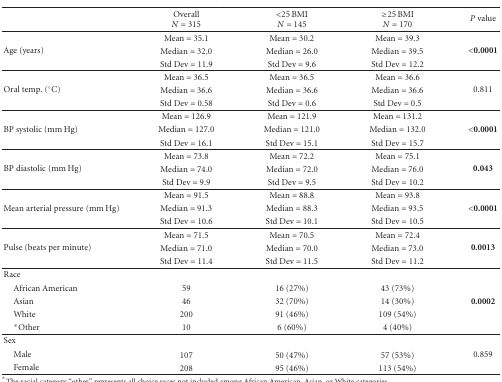
<table><thead><tr><td></td><td><b>Overall<i>N</i> = 315</b></td><td><b>&lt;25 BMI<i>N</i> = 145</b></td><td><b>≥25 BMI<i>N</i> = 170</b></td><td><b><i>P</i> value</b></td></tr></thead><tbody><tr><td> </td><td>Mean = 35.1</td><td>Mean = 30.2</td><td>Mean = 39.3</td><td> </td></tr><tr><td>Age (years)</td><td>Median = 32.0</td><td>Median = 26.0</td><td>Median = 39.5</td><td><b>&lt;0.0001</b></td></tr><tr><td> </td><td>Std Dev = 11.9</td><td>Std Dev = 9.6</td><td>Std Dev = 12.2</td><td> </td></tr><tr><td> </td><td>Mean = 36.5</td><td>Mean = 36.5</td><td>Mean = 36.6</td><td> </td></tr><tr><td>Oral temp. (°C)</td><td>Median = 36.6</td><td>Median = 36.6</td><td>Median = 36.6</td><td>0.811</td></tr><tr><td> </td><td>Std Dev = 0.58</td><td>Std Dev = 0.6</td><td>Std Dev = 0.5</td><td> </td></tr><tr><td> </td><td>Mean = 126.9</td><td>Mean = 121.9</td><td>Mean = 131.2</td><td> </td></tr><tr><td>BP systolic (mm Hg)</td><td>Median = 127.0</td><td>Median = 121.0</td><td>Median = 132.0</td><td><b>&lt;0.0001</b></td></tr><tr><td> </td><td>Std Dev = 16.1</td><td>Std Dev = 15.1</td><td>Std Dev = 15.7</td><td> </td></tr><tr><td> </td><td>Mean = 73.8</td><td>Mean = 72.2</td><td>Mean = 75.1</td><td> </td></tr><tr><td>BP diastolic (mm Hg)</td><td>Median = 74.0</td><td>Median = 72.0</td><td>Median = 76.0</td><td><b>0.043</b></td></tr><tr><td> </td><td>Std Dev = 9.9</td><td>Std Dev = 9.5</td><td>Std Dev = 10.2</td><td> </td></tr><tr><td> </td><td>Mean = 91.5</td><td>Mean = 88.8</td><td>Mean = 93.8</td><td> </td></tr><tr><td>Mean arterial pressure (mm Hg)</td><td>Median = 91.3</td><td>Median = 88.3</td><td>Median = 93.5</td><td><b>&lt;0.0001</b></td></tr><tr><td> </td><td>Std Dev = 10.6</td><td>Std Dev = 10.1</td><td>Std Dev = 10.5</td><td> </td></tr><tr><td> </td><td>Mean = 71.5</td><td>Mean = 70.5</td><td>Mean = 72.4</td><td> </td></tr><tr><td>Pulse (beats per minute)</td><td>Median = 71.0</td><td>Median = 70.0</td><td>Median = 73.0</td><td><b>0.0013</b></td></tr><tr><td> </td><td>Std Dev = 11.4</td><td>Std Dev = 11.5</td><td>Std Dev = 11.2</td><td> </td></tr><tr><td>Race</td><td> </td><td> </td><td> </td><td> </td></tr><tr><td> African American</td><td>59</td><td>16 (27%)</td><td>43 (73%)</td><td> </td></tr><tr><td> Asian</td><td>46</td><td>32 (70%)</td><td>14 (30%)</td><td><b>0.0002</b></td></tr><tr><td> White</td><td>200</td><td>91 (46%)</td><td>109 (54%)</td><td> </td></tr><tr><td> *Other</td><td>10</td><td>6 (60%)</td><td>4 (40%)</td><td> </td></tr><tr><td>Sex</td><td> </td><td> </td><td> </td><td> </td></tr><tr><td> Male</td><td>107</td><td>50 (47%)</td><td>57 (53%)</td><td>0.859</td></tr><tr><td> Female</td><td>208</td><td>95 (46%)</td><td>113 (54%)</td><td> </td></tr></tbody></table>